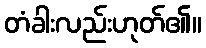
တံခါးလည်းဟုတ်၏။